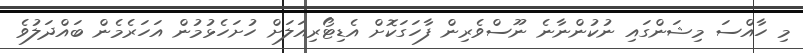
މި ހާއްސަ މިޝަންގައި ނުކުންނާނެ ނޫސްވެރިން ފާހަގަކޮށް އެޑިޓޯރިއަލަށް ހުށަހެޅުމުން އަހަރެމެން ބައްދަލުވެ